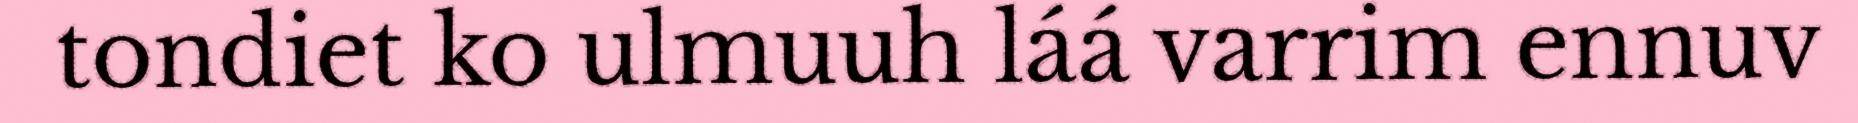
tondiet ko ulmuuh láá varrim ennuv